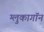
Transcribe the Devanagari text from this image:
ग्लुकागॉन